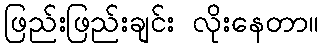
ဖြည်းဖြည်းချင်း လိုးနေတာ။